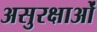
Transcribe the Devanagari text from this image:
असुरक्षाओं